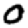
Digit: 0